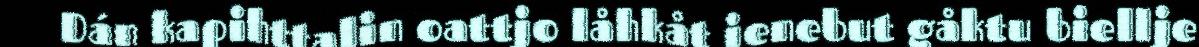
Dán kapihttalin oattjo låhkåt ienebut gåktu biellje